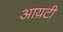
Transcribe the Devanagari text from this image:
आय़टी